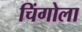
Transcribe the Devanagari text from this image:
चिंगोला